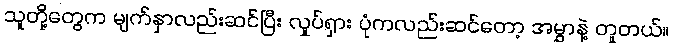
သူတို့တွေက မျက်နှာလည်းဆင်ပြီး လှုပ်ရှား ပုံကလည်းဆင်တော့ အမွှာနဲ့ တူတယ်။